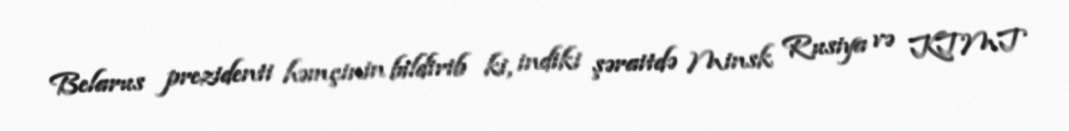
Belarus prezidenti həmçinin bildirib ki, indiki şəraitdə Minsk Rusiya və KTMT